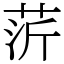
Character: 䓅